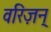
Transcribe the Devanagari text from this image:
वरिज़न्